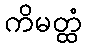
ကိမတ္ထံ